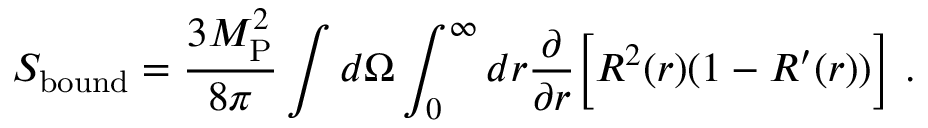
S _ { \mathrm { b o u n d } } = { \frac { 3 M _ { \mathrm { P } } ^ { 2 } } { 8 \pi } } \int d \Omega \int _ { 0 } ^ { \infty } d r { \frac { \partial } { \partial r } } \Bigl [ R ^ { 2 } ( r ) ( 1 - R ^ { \prime } ( r ) ) \Bigr ] \ .